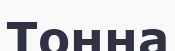
Тонна